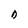
Character: D